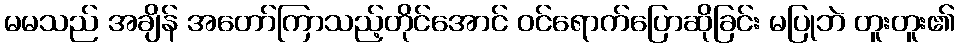
မမသည် အချိန် အတော်ကြာသည့်တိုင်အောင် ဝင်ရောက်ပြောဆိုခြင်း မပြုဘဲ တူးတူး၏